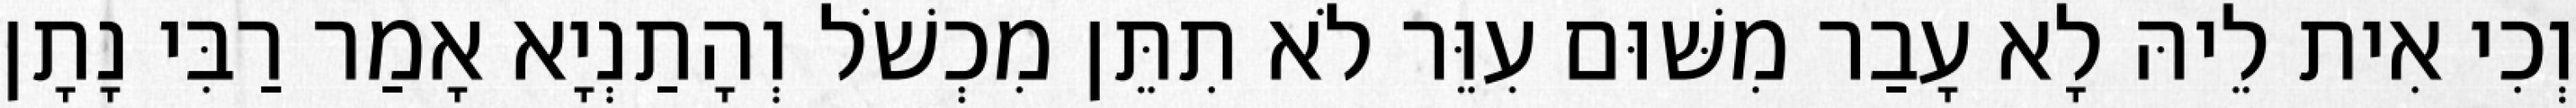
וְכִי אִית לֵיהּ לָא עָבַר מִשּׁוּם עִוֵּר לֹא תִתֵּן מִכְשֹׁל וְהָתַנְיָא אָמַר רַבִּי נָתָן